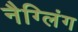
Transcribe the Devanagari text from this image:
नैग्लिंग